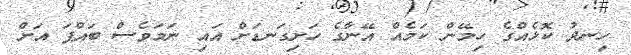
ހިނދު ކޮޅެއްގެ ހިމޭން ކަމެއް އޭނާގެ ހަށިގަނޑަށް އައި ނަމަވެސް ބައްޕަ އަށް